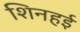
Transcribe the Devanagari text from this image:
शिनहई